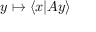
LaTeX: y \mapsto \langle x | A y \rangle